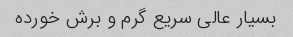
بسیار عالی سریع گرم و برش خورده